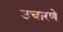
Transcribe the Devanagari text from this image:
उचारणे